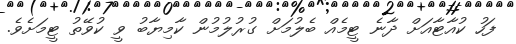
ފަހު ކުއާޓާއަށް ދާނެ ޓީމެއް ބެލުމަށް ގުރުލުމުން ކާމިޔާބު ވީ ކުވޭތު ޓީމަށެވެ.